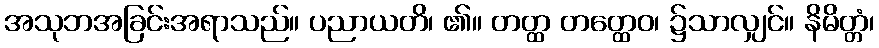
အသုဘအခြင်းအရာသည်။ ပညာယတိ၊ ၏။ တတ္ထ တတ္ထေဝ၊ ၌သာလျှင်။ နိမိတ္တံ၊